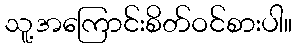
သူ့အကြောင်းစိတ်ဝင်စားပါ။